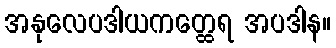
အနုလေပဒါယကတ္ထေရ အပဒါန။